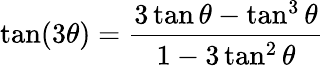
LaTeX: \tan(3\theta)={\frac{3\tan\theta-\tan^{3}\theta}{1-3\tan^{2}\theta}}